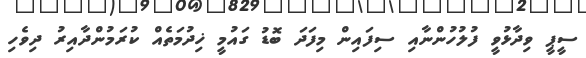
ސީޕީ ވިދާޅުވީ ފުލުހުންނާއި ސިފައިން މިފަދަ ބޮޑު ގައުމީ ޚިދުމަތެއް ކުރަމުންދާއިރު ދިވެހި